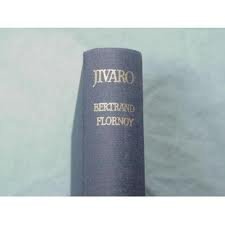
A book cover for Jivaro;: Among the headshrinkers of the Amazon; Bertrand Flornoy; Travel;